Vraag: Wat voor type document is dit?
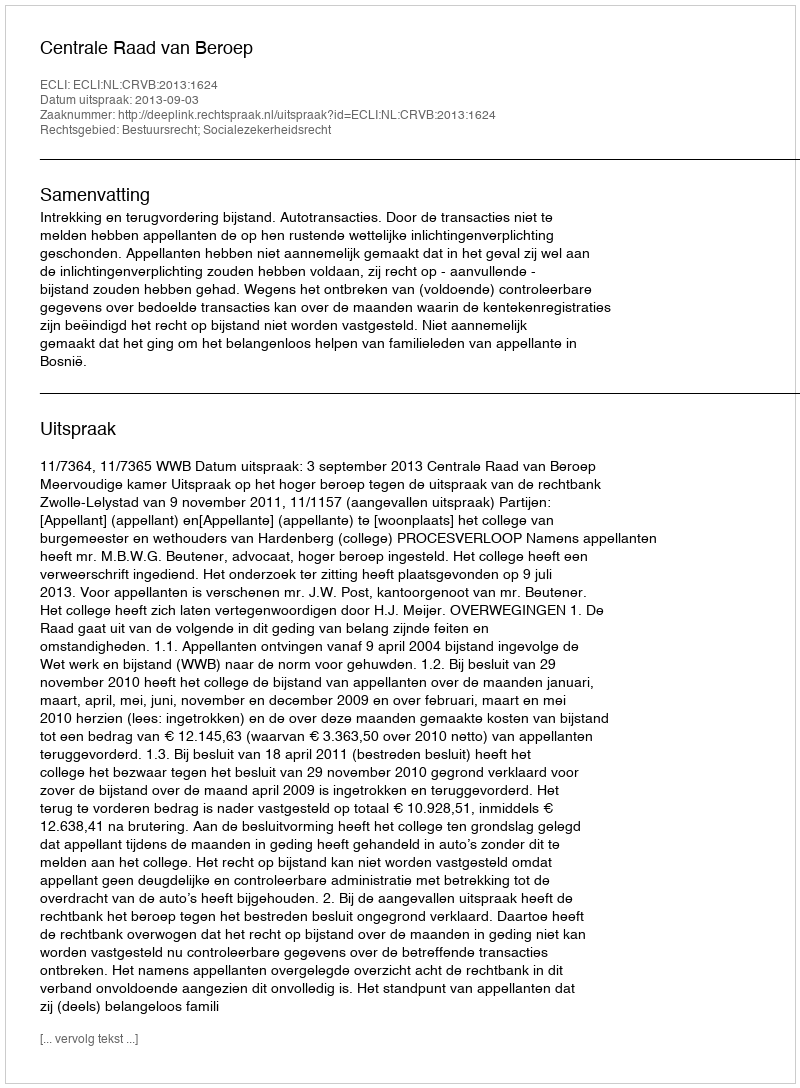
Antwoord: Uitspraak